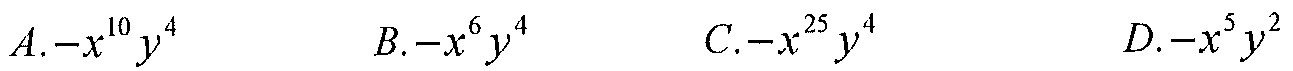
\(A. -x^{10}y^{4}\)  \(\ \ B. -x^{6}y^{4}\)  \(\ \ C. -x^{25}y^{4}\)  \(\ \ D. -x^{5}y^{2}\)